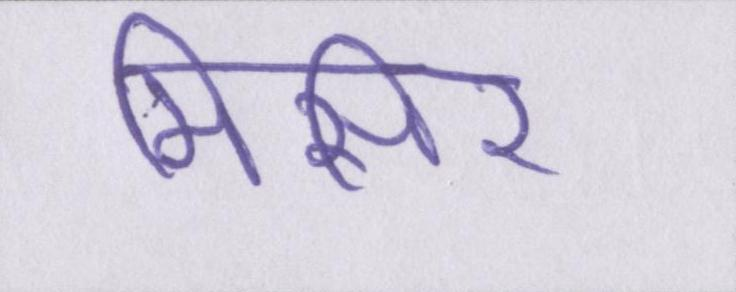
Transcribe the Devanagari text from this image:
मिसिर